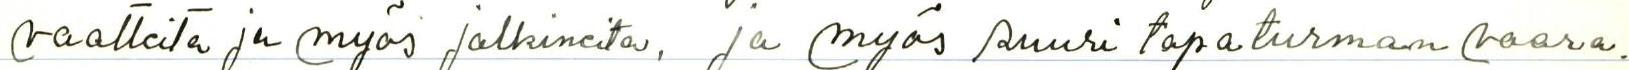
vaatteita ja myös jalkineita, ja myös suuri tapaturman vaara.